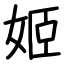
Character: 姬